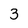
Character: 3